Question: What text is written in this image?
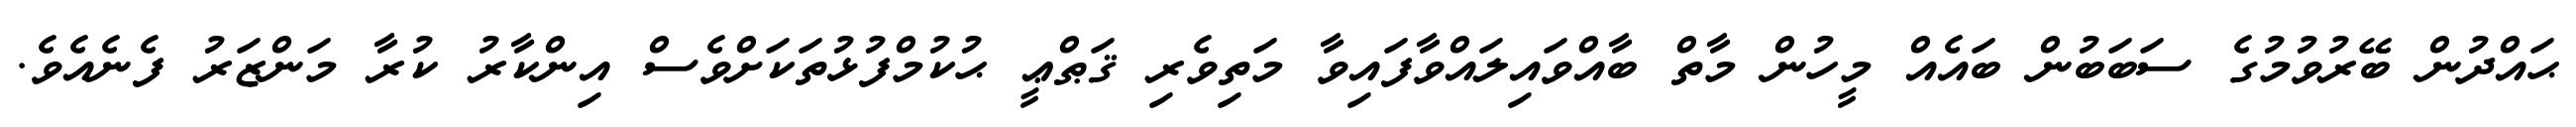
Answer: ޙައްދުން ބޭރުވުމުގެ ސަބަބުން ބައެއް މީހުން މާތް ބާއްވައިލައްވާފައިވާ މަތިވެރި ޤަޠްޢީ ޙުކުމްފުޅުތަކަށްވެސް އިންކާރު ކުރާ މަންޒަރު ފެނެއެވެ.